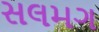
સલમગ